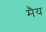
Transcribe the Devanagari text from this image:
मैय